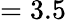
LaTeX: =3.5